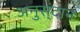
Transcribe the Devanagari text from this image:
अनुस्ंदान